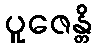
ပူဇေန္တိ